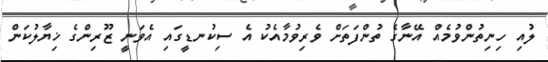
ލުއި ހިނިތުންވުމެއް އޭނާގެ ތުންފަތަށް ވެރިވުމާއެކު އެ ސިކުނޑީގައި އެވަނީ ޒޫރިންގެ ޚިޔާލުކަން